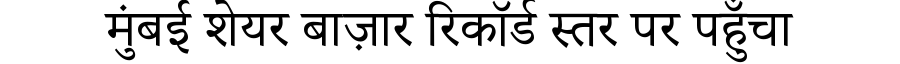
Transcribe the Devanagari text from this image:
मुंबई शेयर बाज़ार रिकॉर्ड स्तर पर पहुँचा